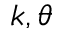
k , \theta